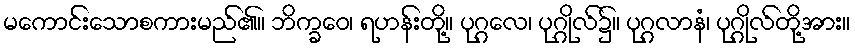
မကောင်းသောစကားမည်၏။ ဘိက္ခဝေ၊ ရဟန်းတို့။ ပုဂ္ဂလေ၊ ပုဂ္ဂိုလ်၌။ ပုဂ္ဂလာနံ၊ ပုဂ္ဂိုလ်တို့အား။